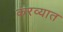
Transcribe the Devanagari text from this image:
करव्यात